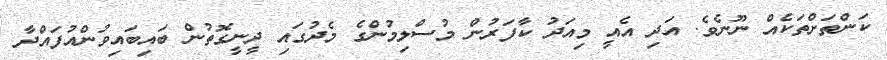
ކަންތަށްތަކެއް ނޫނެވެ. އަދި އެއީ މިއަދު ކާފަރުން މުސްލިމުންގެ މެދުގައި ދީނީގޮތުން ބައިބައިވުންއުފައްދާ